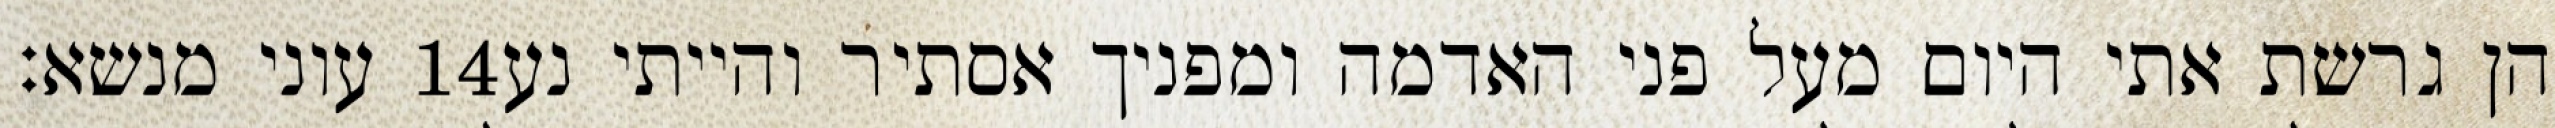
עוני מנשא׃ ‎14‏ הן גרשת אתי היום מעל פני האדמה ומפניך אסתיר והייתי נע